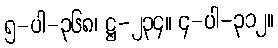
၅-ပါ-၃၆၈၊ ဋ္ဌ-၂၃၄။ ၄-ပါ-၃၁၂။